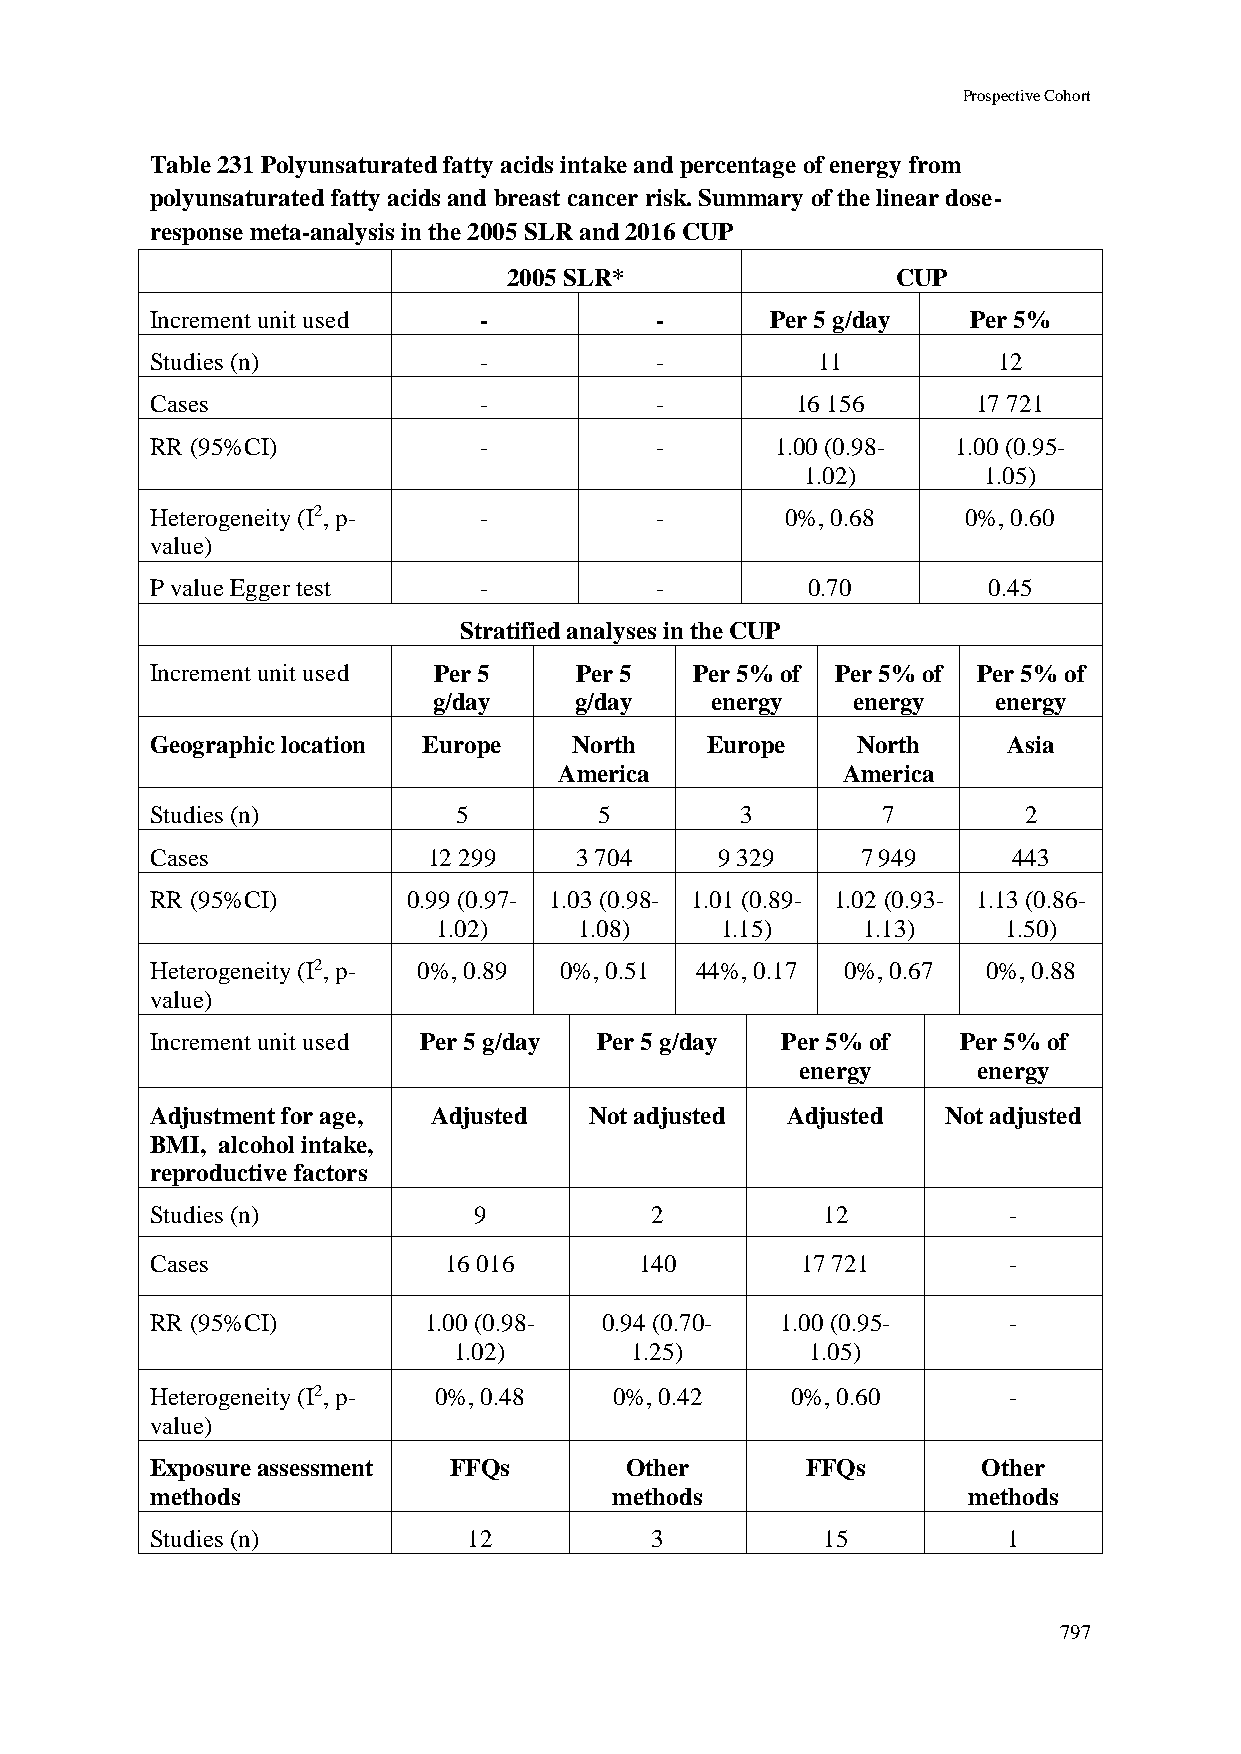
Prospective Cohort
 Table 231 Polyunsaturated fatty acids intake and percentage of energy from
 polyunsaturated fatty acids and breast cancer risk. Summary of the linear dose-
 response meta-analysis in the 2005 SLR and 2016 CUP
 2005 SLR*                CUP
 Increment unit used   -          -       Per 5 g/day  Per 5%
 Studies (n)           -          -          11          12
 Cases                 -          -         16 156      17 721
 RR (95%CI)            -          -       1.00 (0.98- 1.00 (0.95-
 1.02)       1.05)
 Heterogeneity (I2, p- -          -        0%, 0.68    0%, 0.60
 value)
 P value Egger test    -          -         0.70        0.45
 Stratified analyses in the CUP
 Increment unit used Per 5   Per 5   Per 5% of Per 5% of Per 5% of
 g/day    g/day    energy   energy    energy
 Geographic location Europe  North    Europe    North     Asia
 America            America
 Studies (n)         5         5        3        7         2
 Cases             12 299    3 704     9 329    7 949     443
 RR (95%CI)       0.99 (0.97- 1.03 (0.98- 1.01 (0.89- 1.02 (0.93- 1.13 (0.86-
 1.02)    1.08)     1.15)    1.13)     1.50)
 Heterogeneity (I2, p- 0%, 0.89 0%, 0.51 44%, 0.17 0%, 0.67 0%, 0.88
 value)
 Increment unit used Per 5 g/day Per 5 g/day Per 5% of Per 5% of
 energy      energy
 Adjustment for age, Adjusted Not adjusted Adjusted   Not adjusted
 BMI, alcohol intake,
 reproductive factors
 Studies (n)          9           2          12           -
 Cases              16 016       140        17 721        -
 RR (95%CI)        1.00 (0.98- 0.94 (0.70- 1.00 (0.95-    -
 1.02)       1.25)       1.05)
 Heterogeneity (I2, p- 0%, 0.48 0%, 0.42   0%, 0.60       -
 value)
 Exposure assessment FFQs       Other       FFQs        Other
 methods                        methods                methods
 Studies (n)          12          3          15           1
 797